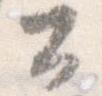
公